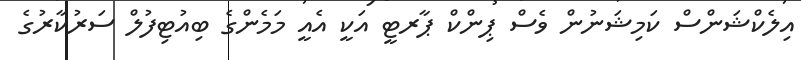
އިލެކްޝަންސް ކަމިޝަނުން ވެސް ޕިންކް ޕާރޓީ އަކީ އެއީ މަމެންގެ ބިއުޓިފުލް ސަރުކާރުގެ